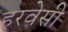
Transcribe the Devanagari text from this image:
हरवेसी